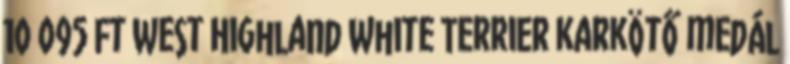
10 095 Ft West Highland White Terrier karkötő medál